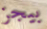
بيجز